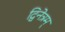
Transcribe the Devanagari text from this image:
द्विनेत्रम्